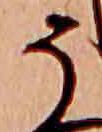
う